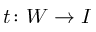
t \colon W \to I